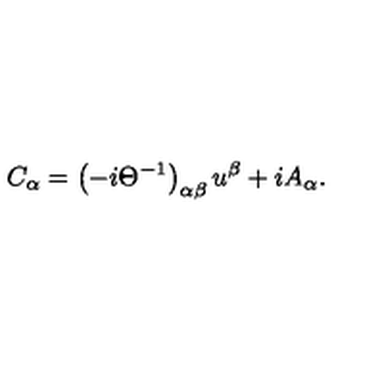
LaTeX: C _ { \alpha } = \left( - i \Theta ^ { - 1 } \right) _ { \alpha \beta } u ^ { \beta } + i A _ { \alpha } .